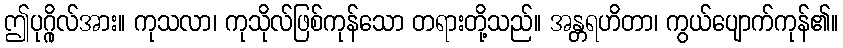
ဤပုဂ္ဂိုလ်အား။ ကုသလာ၊ ကုသိုလ်ဖြစ်ကုန်သော တရားတို့သည်။ အန္တရဟိတာ၊ ကွယ်ပျောက်ကုန်၏။